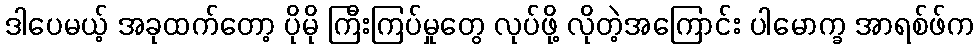
ဒါပေမယ့် အခုထက်တော့ ပိုမို ကြီးကြပ်မှုတွေ လုပ်ဖို့ လိုတဲ့အကြောင်း ပါမောက္ခ အာရစ်ဖ်က